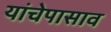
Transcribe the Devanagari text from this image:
यांचेपासाव